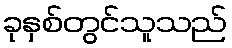
ခုနှစ်တွင်သူသည်